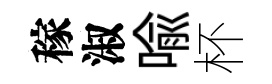
稼淑喩杯